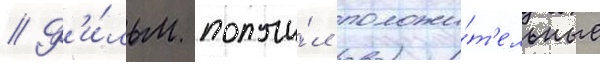
// Ф'и́льм получи́л положи́т'ельные